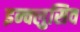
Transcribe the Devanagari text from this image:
इन्क्लुसिव